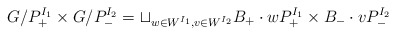
\begin{align*}G/P^{I_1}_+ \times G/P^{I_2}_- = \sqcup_{w \in W^{I_1}, v \in W^{I_2}} B_+ \cdot w P^{I_1}_+ \times B_- \cdot v P^{I_2}_-\end{align*}